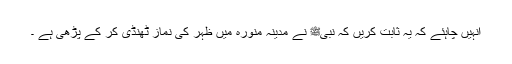
انہیں چاہئے کہ یہ ثابت کریں کہ نبیﷺ نے مدینہ منورہ میں ظہر کی نماز ٹھنڈی کر کے پڑھی ہے ۔